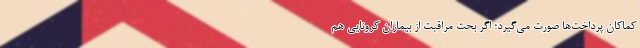
کماکان پرداخت‌ها صورت می‌گیرد؛ اگر بحث مراقبت از بیماران کرونایی هم